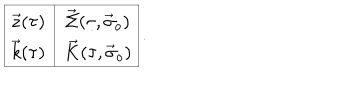
LaTeX: \begin{array} { | c | c | } \hline { { \vec { z } ( \tau ) } } & { { \vec { \Sigma } ( \tau , \vec { \sigma } _ { o } ) } } \\ { { \vec { k } ( \tau ) } } & { { \vec { K } ( \tau , \vec { \sigma } _ { o } ) } } \\ \hline { { } } \\ \end{array} .